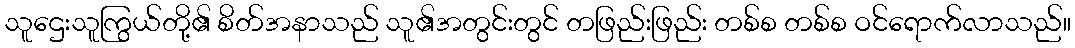
သူဌေးသူကြွယ်တို့၏ စိတ်အနာသည် သူ၏အတွင်းတွင် တဖြည်းဖြည်း တစ်စ တစ်စ ဝင်ရောက်လာသည်။